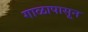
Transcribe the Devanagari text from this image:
गाळापासून